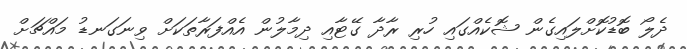
ދެލޯ ބޮޑުކޮށްލައިގެން ޝޮކެއްގައި ހުރި ރާދާ ގޭޓާއި ދިމާލުން އެއްފަރާތަކަށް ވިނަގަނޑު މައްޗަށް